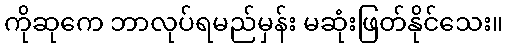
ကိုဆုကေ ဘာလုပ်ရမည်မှန်း မဆုံးဖြတ်နိုင်သေး။